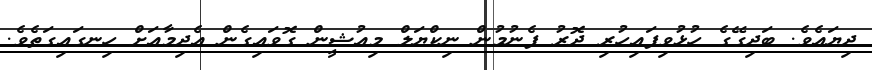
ދިޔައެވެ. ބަދިގޭގެ ހުޅުވިފައިހުރި ދޮރު ފެނުމުން ނިކްޔަލް މިއުޝީން ގޮވައިގެން އެދިމާއަށް ހިނގައިގަތެވެ.